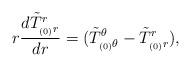
LaTeX: \begin{align*}r\frac{d \tilde T^r_{_{(0)}r}}{dr} = (\tilde T^{\theta}_{_{(0)}\theta} - \tilde T^r_{_{(0)}r}),\end{align*}